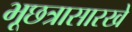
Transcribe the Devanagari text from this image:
भूछत्रासारखे